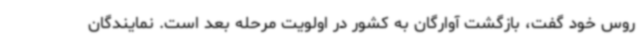
روس خود گفت، بازگشت آوارگان به کشور در اولویت مرحله بعد است. نمایندگان